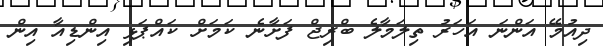
ދިއުމޭ އަންނަ އަހަރު ތިލަމާލެ ބްރިޖް ފަށާނެ ކަމަށް ކައްޕަޅި އިންޑިއާ އިން